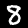
Digit: 8